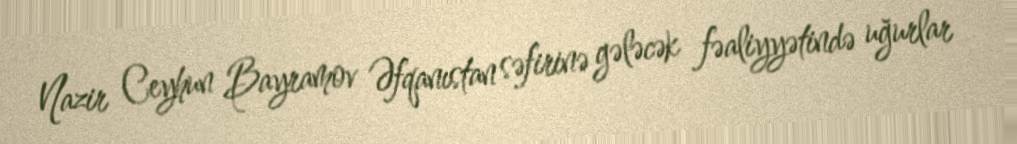
Nazir Ceyhun Bayramov Əfqanıstan səfirinə gələcək fəaliyyətində uğurlar